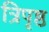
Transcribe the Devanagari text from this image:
त्रिपृष्ठ